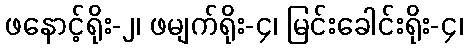
ဖနောင့်ရိုး-၂၊ ဖမျက်ရိုး-၄၊ မြင်းခေါင်းရိုး-၄၊